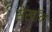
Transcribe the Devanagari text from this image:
सेखॉन